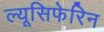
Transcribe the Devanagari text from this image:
ल्यूसिफेरिन